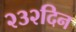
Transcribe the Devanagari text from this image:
२३२दिन